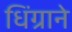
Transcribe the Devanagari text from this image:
धिंग्राने